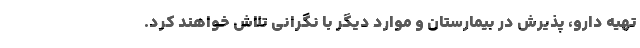
تهیه دارو، پذیرش در بیمارستان و موارد دیگر با نگرانی تلاش خواهند کرد.